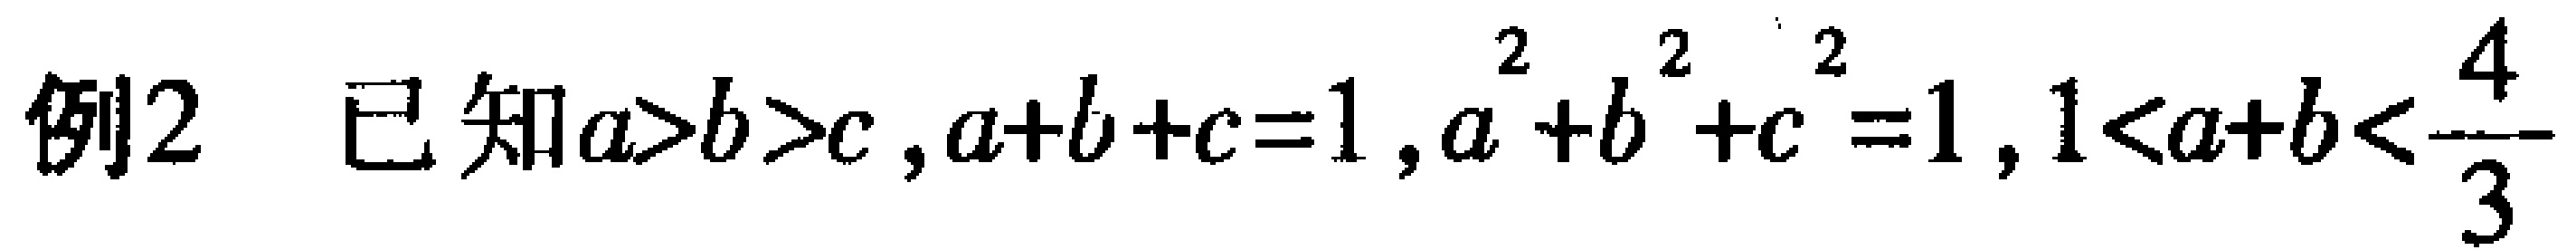
例2 已知$a>b>c,a + b + c = 1,a^{2}+b^{2}+c^{2}=1,1 < a + b < \frac{4}{3}$